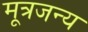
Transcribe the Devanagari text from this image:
मूत्रजन्य